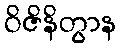
ဝိဇိနိတွာန